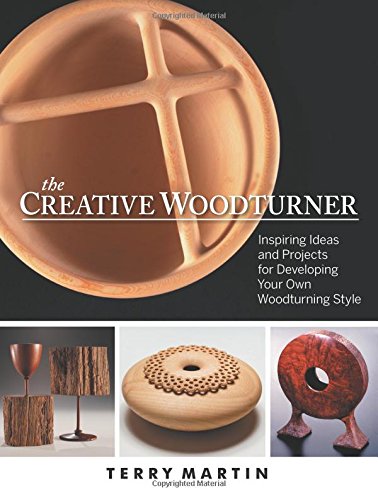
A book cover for The Creative Woodturner: Inspiring Ideas and Projects for Developing Your Own Woodturning Style; Terry Martin; Arts & Photography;